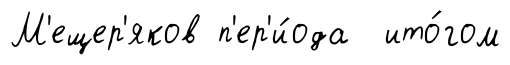
М'ещер'яков п'ер'и́ода ито́гом